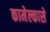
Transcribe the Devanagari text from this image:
कामेल्कासे